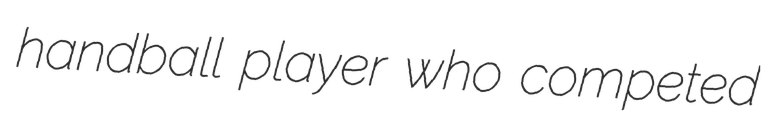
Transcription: handball player who competed